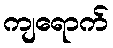
ကျရောက်